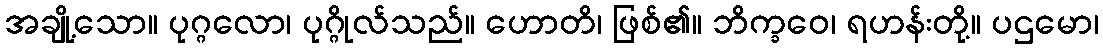
အချို့သော။ ပုဂ္ဂလော၊ ပုဂ္ဂိုလ်သည်။ ဟောတိ၊ ဖြစ်၏။ ဘိက္ခဝေ၊ ရဟန်းတို့။ ပဌမော၊